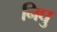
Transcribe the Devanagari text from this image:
निघु